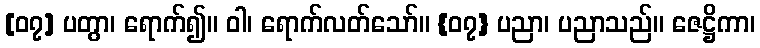
[၀၇] ပတွာ၊ ရောက်၍။ ဝါ၊ ရောက်လတ်သော်။ {၀၇} ပညာ၊ ပညာသည်။ ဇေဋ္ဌိကာ၊